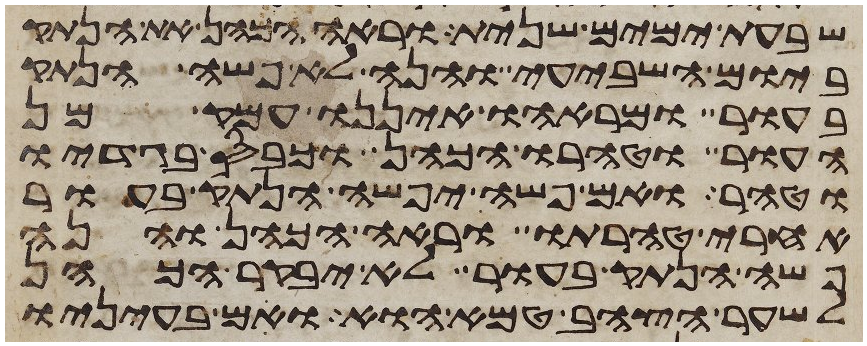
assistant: שבעת ימים שנית וראה הכהן את הנתק
ביום השביעי והנה לא פשה הנתק
בעור ומראהו איננו עמק מן
העור וטהרו הכהן וכבס בגדיו
וטהר ואם פשה יפשה הנתק בעור
אחרי טהרתו וראה הכהן והנה
פשה הנתק בעור לא יבקר הכהן
לשער הצהב טמא הוא ואם בעיניו